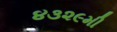
૪૩૨૯મી